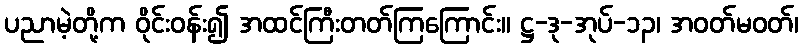
ပညာမဲ့တို့က ဝိုင်းဝန်း၍ အထင်ကြီးတတ်ကြကြောင်း။ ဋ္ဌ-ဒု-အုပ်-၁၃၊ အဝတ်မဝတ်၊